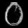
Digit: ၀